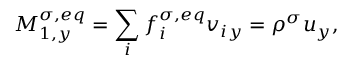
M _ { 1 , y } ^ { \sigma , e q } = \sum _ { i } f _ { i } ^ { \sigma , e q } v _ { i y } = \rho ^ { \sigma } u _ { y } ,